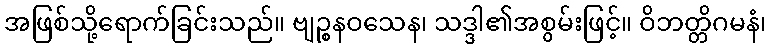
အဖြစ်သို့ရောက်ခြင်းသည်။ ဗျဉ္စနဝသေန၊ သဒ္ဒါ၏အစွမ်းဖြင့်။ ဝိဘတ္တိဂမနံ၊